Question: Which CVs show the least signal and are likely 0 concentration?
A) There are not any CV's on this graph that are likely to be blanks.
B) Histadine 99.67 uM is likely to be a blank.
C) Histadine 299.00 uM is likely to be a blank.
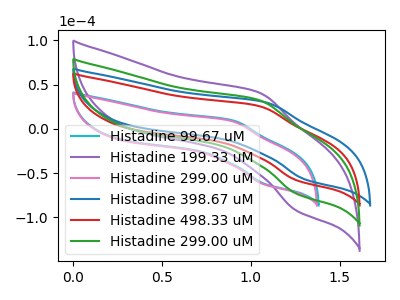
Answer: <think>The cyan curve "Histadine 99.67 uM" has an anodic peak at (0.90V, 9.65uA) and a cathodic peak at (1.10V, -62.05uA). The purple curve "Histadine 199.33 uM" has an anodic peak at (1.05V, 64.80uA) and a cathodic peak at (1.25V, -146.25uA). The pink curve "Histadine 299.00 uM" has an anodic peak at (0.90V, 8.95uA) and a cathodic peak at (1.05V, -62.25uA). The blue curve "Histadine 398.67 uM" has an anodic peak at (1.10V, 29.80uA) and a cathodic peak at (1.30V, -56.95uA). The red curve "Histadine 498.33 uM" has an anodic peak at (1.05V, 25.70uA) and a cathodic peak at (1.25V, -58.00uA). The green curve "Histadine 299.00 uM" has an anodic peak at (1.05V, 32.40uA) and a cathodic peak at (1.25V, -73.15uA).</think>
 <answer>A) There are not any CV's on this graph that are likely to be blanks.</answer>
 <eval>A</eval>